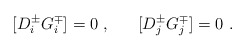
\begin{align*}[D^\pm_i G^\mp_i] = 0 ~, ~~~~~ [D^\pm_j G^\mp_j] = 0 ~.\end{align*}